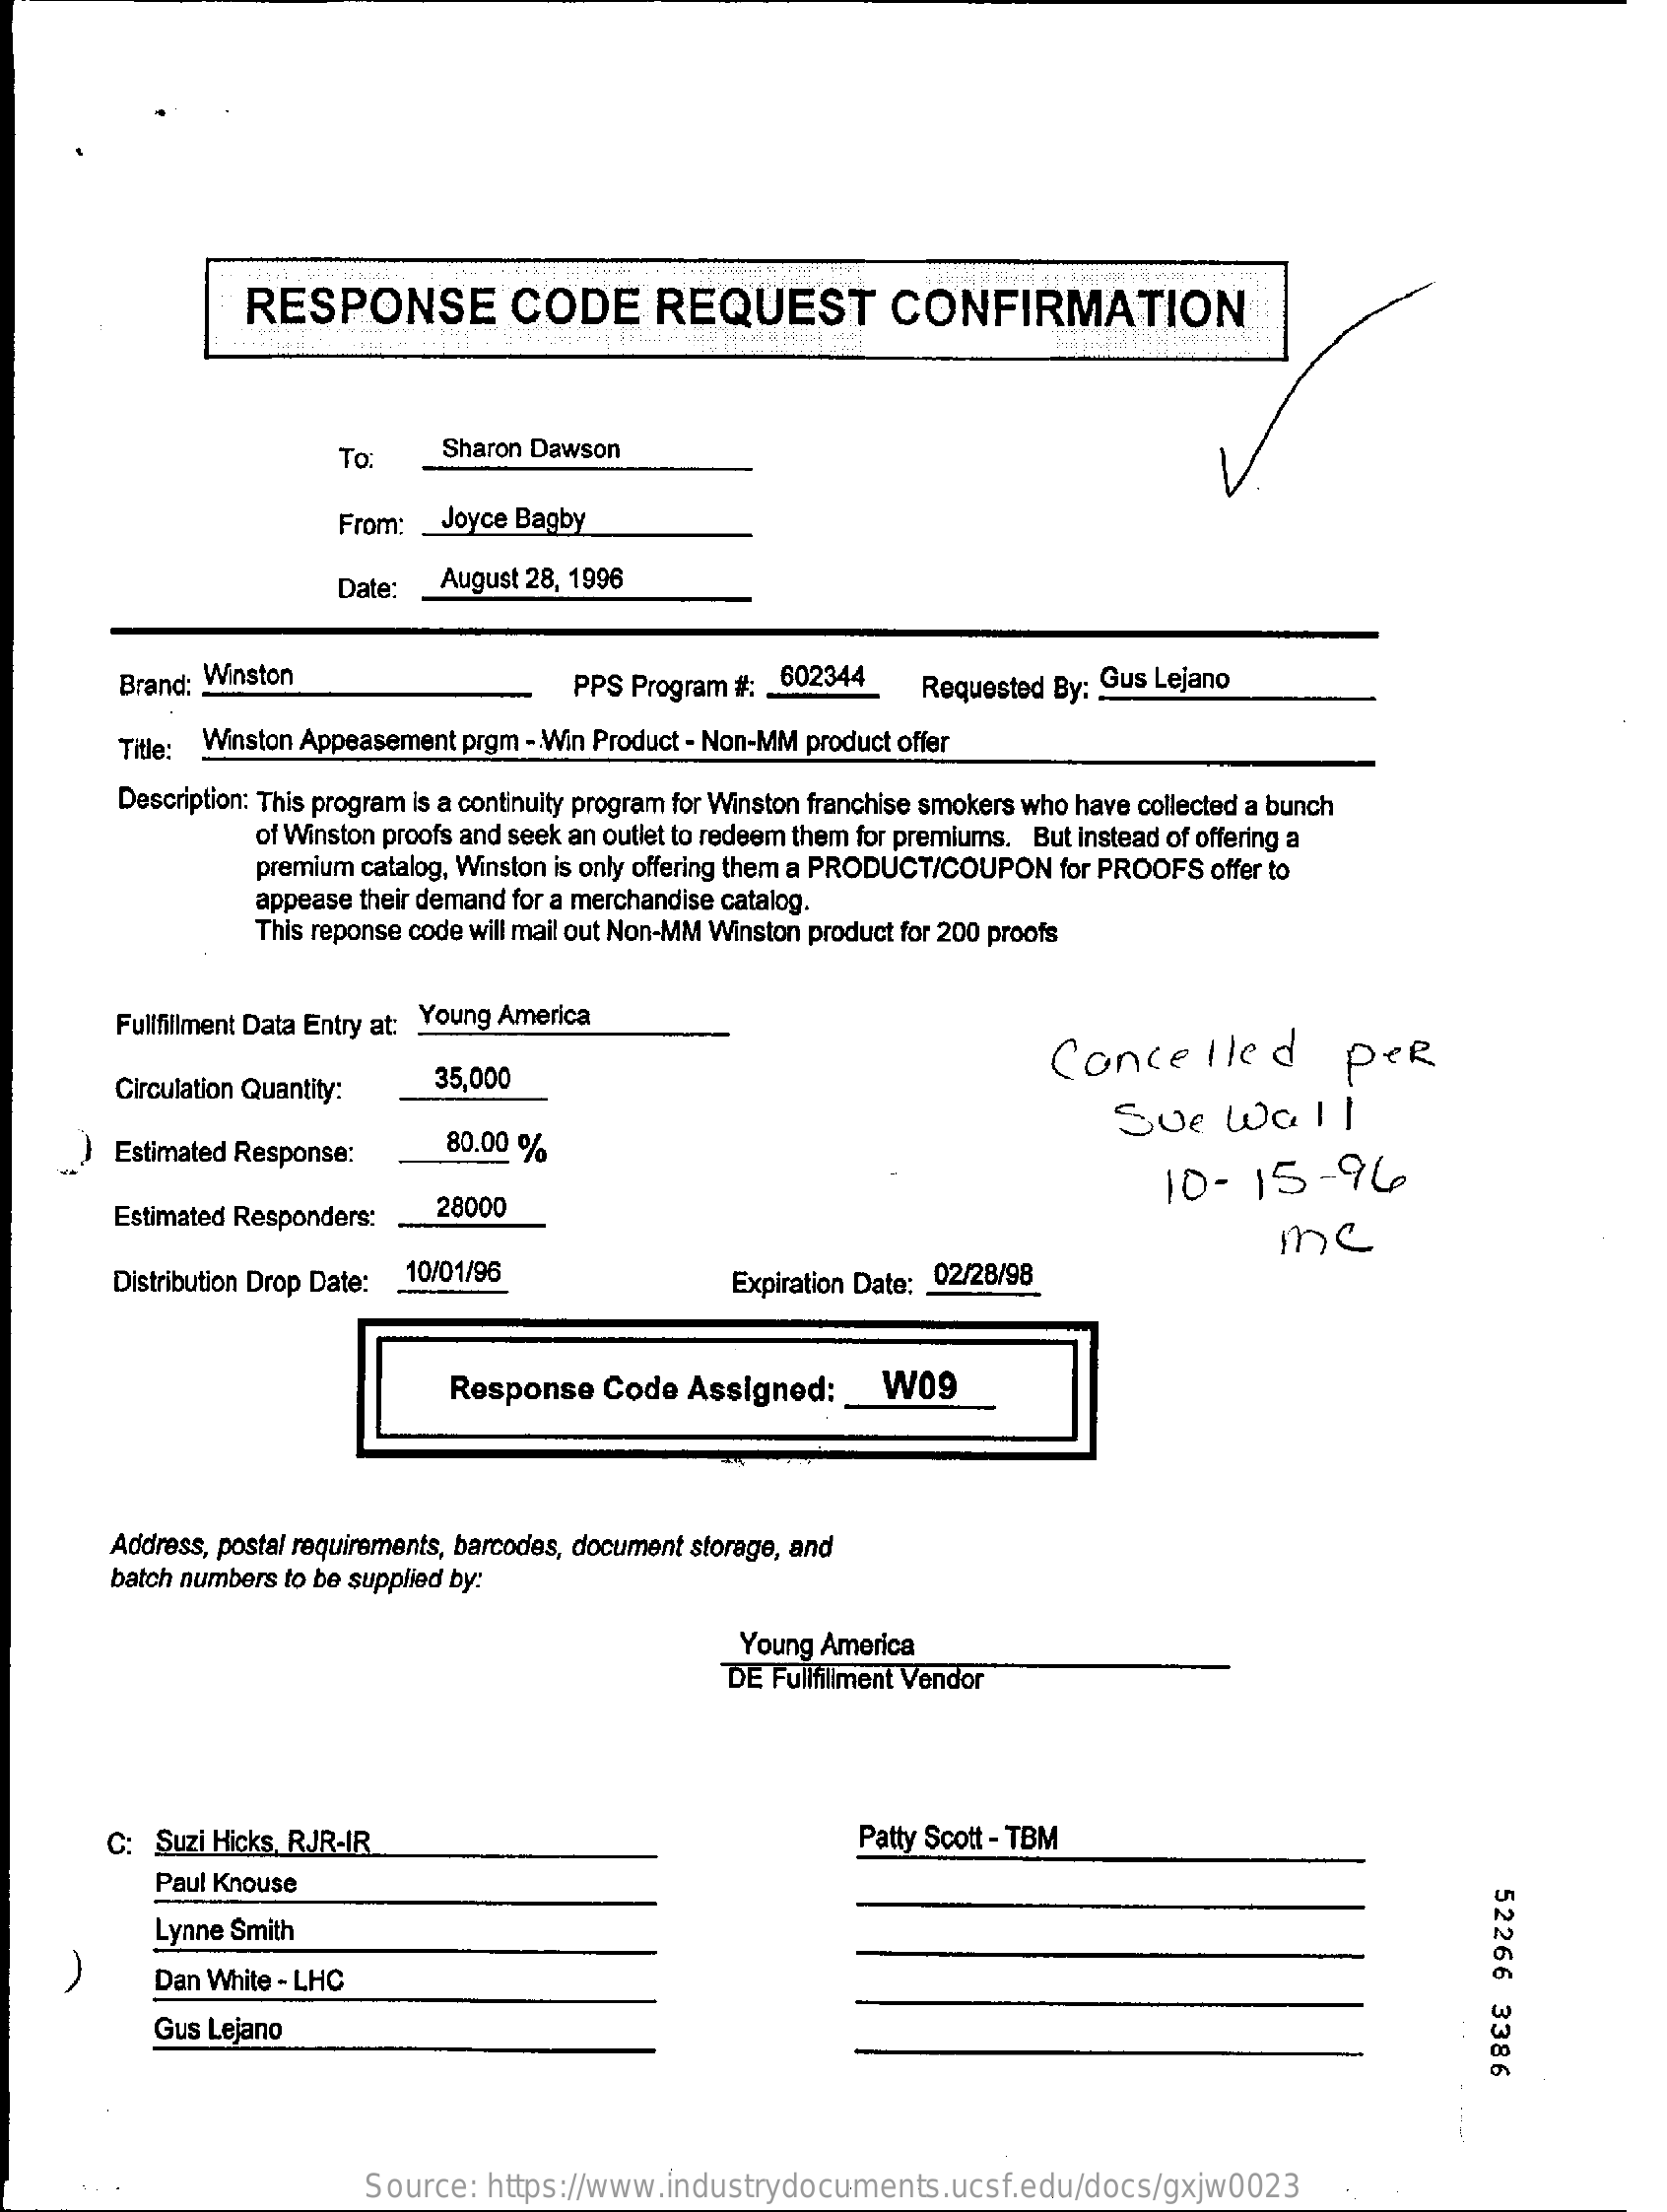
RESPONSE    CODE    REQUEST    CONFIRMATION
     To:    Sharon Dawson
     From: _ Joyce Bagby
     Date:   August 28, 1996
     Brand: Winston    PPS Program #: 602344    Requested By: Gus Lejano
     Title: Winston Appeasement prgm - Win Product - Non-MM product offer
     Description: This program is a continuity program for Winston franchise smokers who have collected a bunch
     of Winston proofs and seek an outlet to redeem them for premiums. But instead of offering a
     premium catalog, Winston is only offering them a PRODUCT/COUPON for PROOFS offer to
     appease their demand for a merchandise catalog.
     This reponse code will mail out Non-MM Winston product for 200 proofs
     Fullfillment Data Entry at: Young America
     Concelled    per
     Circulation Quantity:   35,000
     ) Estimated Response:    80.00  %
     Sve    Wall
     10-15-96
     Estimated Responders:   28000
     me
     Distribution Drop Date: 10/01/96    Expiration Date: 02/28/98
     Response    Code  Assigned:    W09
     Address, postal requirements, barcodes, document storage, and
     batch numbers to be supplied by:
     Young America
     DE Fulfillment Vendor
     C:  Suzi Hicks, RJR-IR    Patty Scott - TBM
     Paul Knouse
     52266
     3386
     Lynne Smith
     Dan White - LHC
     Gus Lejano
     Source:  https://www.industrydocuments.ucsf.edu/docs/gxjw0023